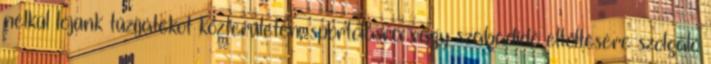
nélkül lőjünk tűzijátékot közterületen, sportolásra vagy szabadidő eltöltésére szolgáló